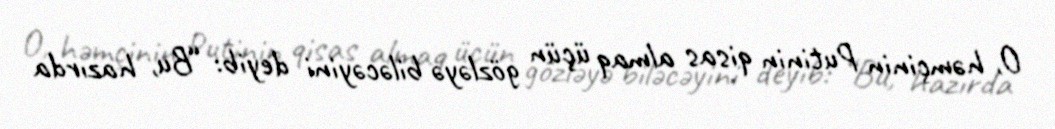
O, həmçinin Putinin qisas almaq üçün gözləyə biləcəyini deyib: “Bu, hazırda